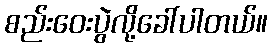
စည်းဝေးပွဲလို့ခေါ်ပါတယ်။